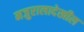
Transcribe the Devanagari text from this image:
मजुरालादेखील